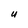
Character: U